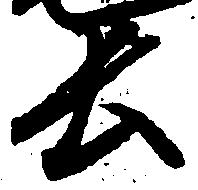
長